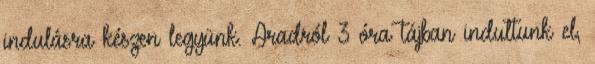
indulásra készen legyünk. Aradról 3 óra tájban indultunk el,